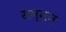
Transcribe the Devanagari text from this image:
सम्‍मन